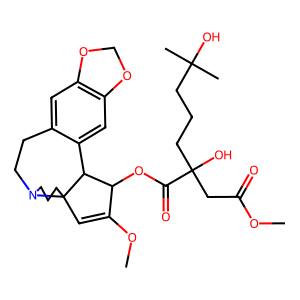
SMILES: COC(=O)CC(O)(CCCC(C)(C)O)C(=O)OC1C(OC)=CC23CCCN2CCc2cc4c(cc2C13)OCO4
Inhibits HIV replication: No